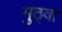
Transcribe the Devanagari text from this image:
मुठ्वा